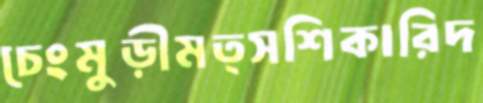
চেংমুড়ীমত্সশিকারিদ